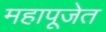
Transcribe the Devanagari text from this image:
महापूजेत